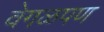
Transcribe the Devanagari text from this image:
वेगळपण